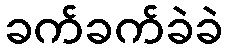
ခက်ခက်ခဲခဲ